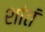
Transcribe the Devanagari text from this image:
शांतं